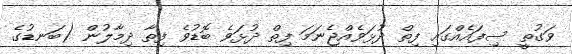
ވަގުތީ ސިފައެއްގައި ފިތް ދުޅަވެއްޖެނަމަ ފިތް ދުޅަވެ ބޮޑުވެ ފިތާ ދިމާލުން (ބަނޑުގެ